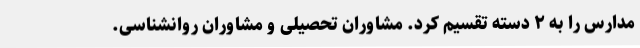
مدارس را به ۲ دسته تقسیم کرد. مشاوران تحصیلی و مشاوران روانشناسی.